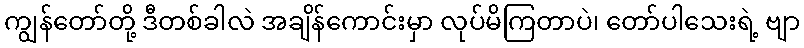
ကျွန်တော်တို့ ဒီတစ်ခါလဲ အချိန်ကောင်းမှာ လုပ်မိကြတာပဲ၊ တော်ပါသေးရဲ့ ဗျာ